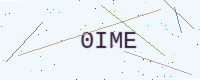
Text: 0IME